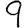
Digit: 9